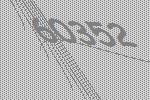
60352